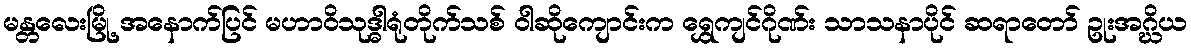
မန္တလေးမြို့ အနောက်ပြင် မဟာဝိသုဒ္ဓါရုံတိုက်သစ် ဝါဆိုကျောင်းက ရွှေကျင်ဂိုဏ်း သာသနာပိုင် ဆရာတော် ဥုးအဂ္ဃိယ